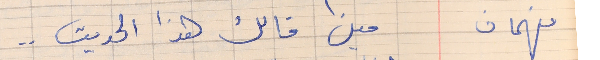
فهمان    مين قالك هذا الحديث . .